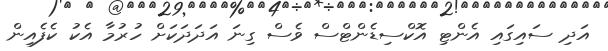
އަދި ސައިގައި އެންޓި އޮކްސިޑެންޓްސް ވެސް ގިނަ އަދަދަކަށް ހުރުމާ އެކު ކެފެއިން